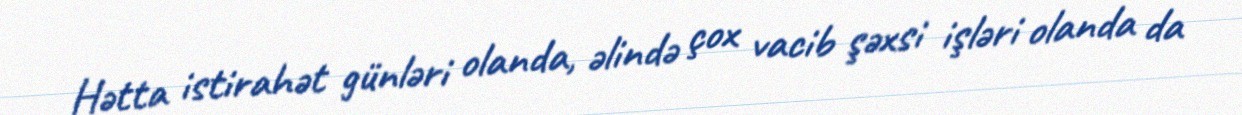
Hətta istirahət günləri olanda, əlində çox vacib şəxsi işləri olanda da